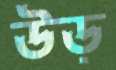
উড়